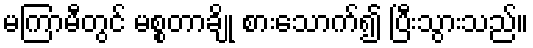
မကြာမီတွင် မစ္စတာချို စားသောက်၍ ပြီးသွားသည်။